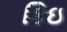
કિઇ